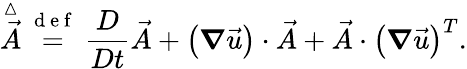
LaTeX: \overset{\vartriangle}{\vec{A}}\stackrel{\mathrm{~d~e~f~}}{=}\frac{D}{Dt}\vec{A}+\left(\boldsymbol{\nabla}\vec{u}\right)\cdot\vec{A}+\vec{A}\cdot\left(\boldsymbol{\nabla}\vec{u}\right)^{T}.